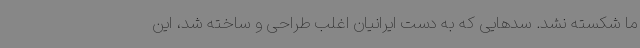
ما شکسته نشد. سدهایی که به دست ایرانیان اغلب طراحی و ساخته شد، این